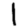
Digit: 1